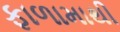
ફાળામાથી